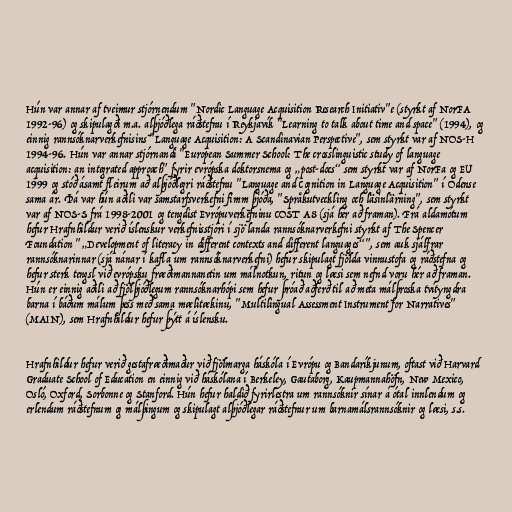
Hún var annar af tveimur stjórnendum "Nordic Language Acquisition Research Initiativ"e (styrkt af NorFA
1992-96) og skipulagði m.a. alþjóðlega ráðstefnu í Reykjavík "Learning to talk about time and space" (1994), og
einnig rannsóknarverkefnisins "Language Acquisition: A Scandinavian Perspective", sem styrkt var af NOS-H
1994-96. Hún var annar stjórnandi "European Summer School: The crosslinguistic study of language
acquisition: an integrated approach" fyrir evrópska doktorsnema og „post-docs“ sem styrkt var af NorFa og EU
1999 og stóð ásamt fleirum að alþjóðlegri ráðstefnu "Language and Cognition in Language Acquisition" í Odense
sama ár. Þá var hún aðili var samstarfsverkefni fimm þjóða, "Språkutveckling och läsinlärning", sem styrkt
var af NOS-S frá 1998-2001 og tengdist Evrópuverkefninu COST A8 (sjá hér að framan). Frá aldamótum
hefur Hrafnhildur verið íslenskur verkefnisstjóri í sjö landa rannsóknarverkefni styrkt af The Spencer
Foundation "„Development of literacy in different contexts and different languages“", sem auk sjálfrar
rannsóknarinnar (sjá nánar í kafla um rannsóknarverkefni) hefur skipulagt fjölda vinnustofa og ráðstefna og
hefur sterk tengsl við evrópsku fræðimannanetin um málnotkun, ritun og læsi sem nefnd voru hér að framan.
Hún er einnig aðili að fjölþjóðlegum rannsóknarhópi sem hefur þróað aðferð til að meta málþroska tvítyngdra
barna í báðum málum þess með sama mælitækinu, "Multilingual Assessment Instrument for Narratives"
(MAIN), sem Hrafnhildur hefur þýtt á íslensku.

Hrafnhildur hefur verið gestafræðimaður við fjölmarga háskóla í Evrópu og Bandaríkjunum, oftast við Harvard
Graduate School of Education en einnig við háskólana í Berkeley, Gautaborg, Kaupmannahöfn, New Mexico,
Osló, Oxford, Sorbonne og Stanford. Hún hefur haldið fyrirlestra um rannsóknir sínar á ótal innlendum og
erlendum ráðstefnum og málþingum og skipulagt alþjóðlegar ráðstefnur um barnamálsrannsóknir og læsi, s.s.